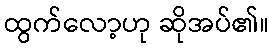
ထွက်လော့ဟု ဆိုအပ်၏။